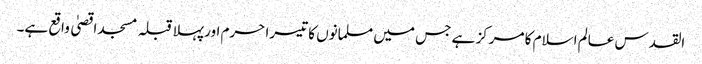
القدس عالم اسلام کا مرکز ہے جس میں مسلمانوں کا تیسرا حرم اور پہلا قبلہ مسجد اقصیٰ واقع ہے۔